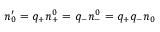
n _ { 0 } ^ { \prime } = q _ { + } n _ { + } ^ { 0 } = q _ { - } n _ { - } ^ { 0 } = q _ { + } q _ { - } n _ { 0 }